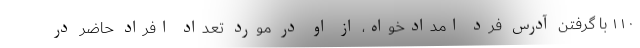
۱۱۰ با گرفتن آدرس فرد امدادخواه، از او در مورد تعداد افراد حاضر در